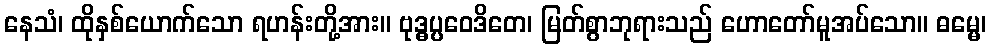
နေသံ၊ ထိုနှစ်ယောက်သော ရဟန်းတို့အား။ ဗုဒ္ဓပ္ပဝေဒိတေ၊ မြတ်စွာဘုရားသည် ဟောတော်မူအပ်သော။ ဓမ္မေ၊